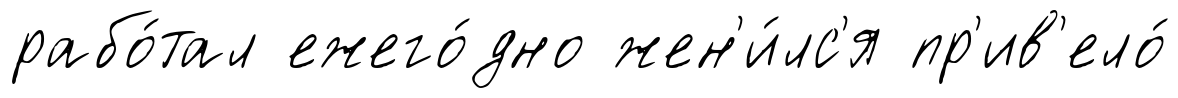
рабо́тал ежего́дно жен'и́лс'я пр'ив'ело́